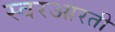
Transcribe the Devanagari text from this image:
स्वरआरती